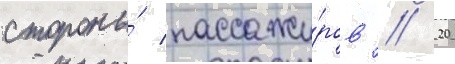
стороны́ пассажи́ров // 20